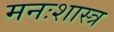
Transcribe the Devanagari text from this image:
मनःशास्त्र